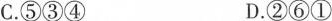
C.⑤③④ D.②⑥①